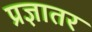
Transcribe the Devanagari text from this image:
प्रज्ञातर